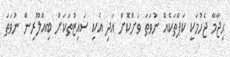
ޙިޖާމާ ޖެހުމަކީ ކަޕްތަކެއް ނުވަތަ ވަށްކޮށް އަދި އެކި ސައިޒުތަކަށް ބިއްލޫރިން ނުވަތަ